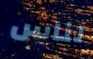
لناس